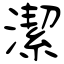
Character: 潔